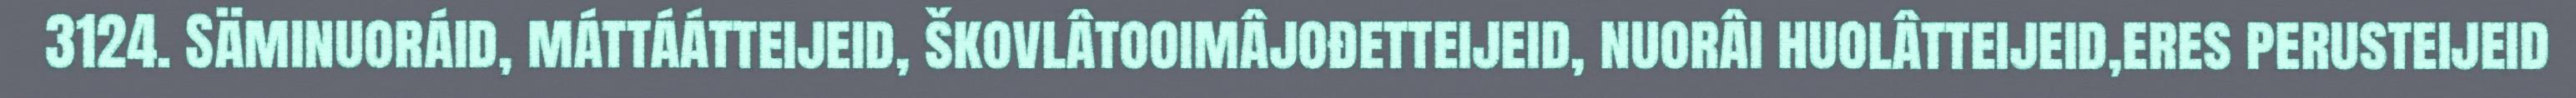
3124. Säminuoráid, máttáátteijeid, škovlâtooimâjođetteijeid, nuorâi huolâtteijeid,eres perusteijeid